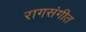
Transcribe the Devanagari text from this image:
रागसंगीत